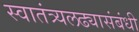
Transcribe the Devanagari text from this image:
स्वातंत्र्यलढ्यासंबंधी